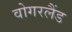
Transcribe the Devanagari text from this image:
वोगरलैंड